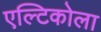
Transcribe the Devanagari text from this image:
एल्टिकोला